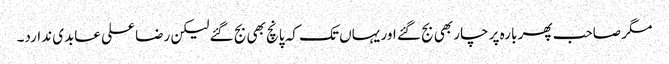
مگر صاحب پھر بارہ پر چار بھی بج گئے اور یہاں تک کہ پانچ بھی بج گئے لیکن رضا علی عابدی ندارد۔